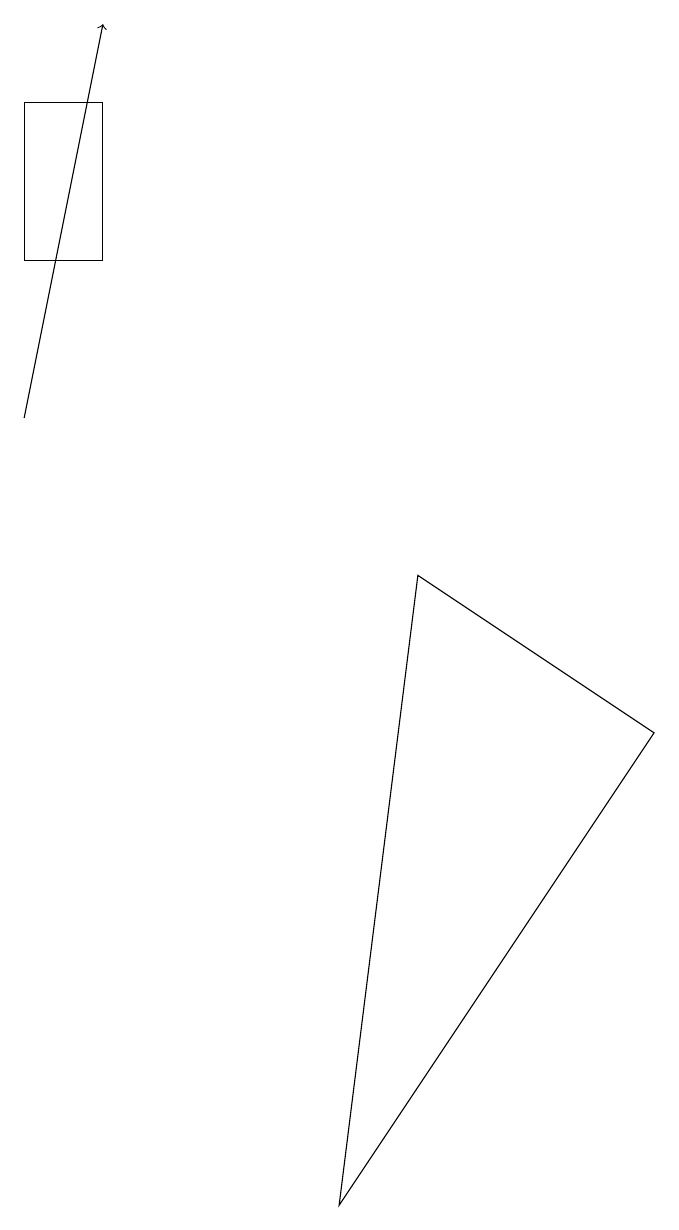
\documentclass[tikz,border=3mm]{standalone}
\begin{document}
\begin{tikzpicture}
\draw[->] (0,11) -- (1,16);
\draw (5,9) -- (4,1) -- (8,7) -- cycle;
\draw (0,13) rectangle (1,15);
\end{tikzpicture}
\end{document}